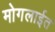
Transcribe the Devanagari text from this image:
मोगलाईत